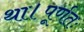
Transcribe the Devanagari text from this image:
था।पूर्णतः